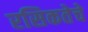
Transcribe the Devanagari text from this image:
रसिकतेचे